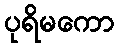
ပုရိမကော